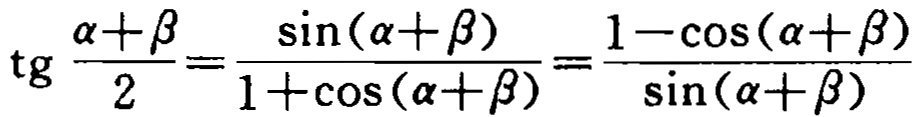
\(\text{tg} \frac{\alpha+\beta}{2}=\frac{\sin(\alpha + \beta)}{1+\cos(\alpha + \beta)}=\frac{1-\cos(\alpha + \beta)}{\sin(\alpha + \beta)}\)